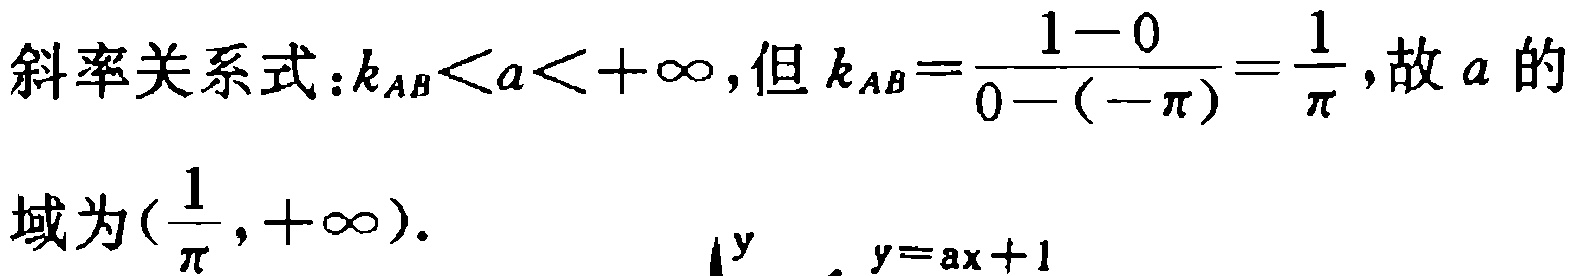
斜率关系式：\(k_{AB}<a<+\infty\)，但\(k_{AB}=\frac{1 - 0}{0 - (-\pi)}=\frac{1}{\pi}\)，故\(a\)的

域为\((\frac{1}{\pi},+\infty)\)。

\(y\)

\(y = ax + 1\)